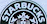
STARBUCKS